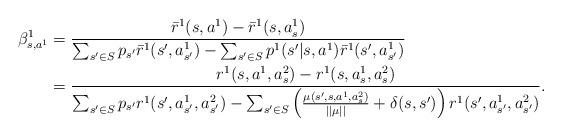
LaTeX: \begin{align*} \beta_{s,a^1}^1&=\frac{\bar{r}^1(s,a^1)-\bar{r}^1(s,a_s^1)}{\sum_{s'\in S}p_{s'}\bar{r}^1(s',a_{s'}^1)-\sum_{s'\in S}p^1(s'|s,a^1)\bar{r}^1(s',a_{s'}^1)}\\&=\frac{r^1(s,a^1,a_s^2)-r^1(s,a_s^1,a_s^2)}{\sum_{s'\in S}p_{s'}r^1(s',a_{s'}^1,a_{s'}^2)-\sum_{s'\in S}\left(\frac{\mu(s',s,a^1,a_s^2)}{||\mu||}+\delta(s,s')\right)r^1(s',a_{s'}^1,a_{s'}^2)}.\end{align*}